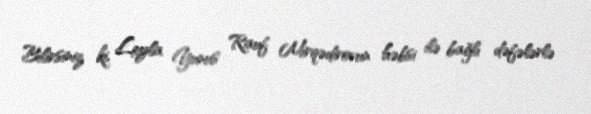
Bilirsiniz ki, Leyla Yunus Rauf Mirqədirovun həbsi ilə bağlı dəfələrlə